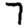
Digit: 7